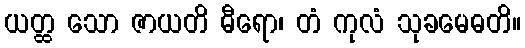
ယတ္ထ သော ဇာယတိ ဓီရော၊ တံ ကုလံ သုခမေဓတိ။